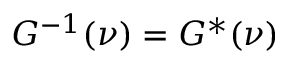
G ^ { - 1 } ( \nu ) = G ^ { * } ( \nu )